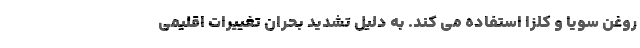
روغن سویا و کلزا استفاده می کند. به دلیل تشدید بحران تغییرات اقلیمی